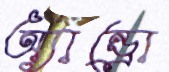
অ্যান্ড্রো